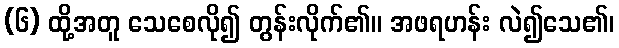
(၆) ထို့အတူ သေစေလို၍ တွန်းလိုက်၏။ အဖရဟန်း လဲ၍သေ၏၊